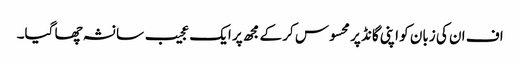
اف ان کی زبان کو اپنی گانڈ پر محسوس کر کے مجھ پر ایک عجیب سا نشہ چھا گیا۔